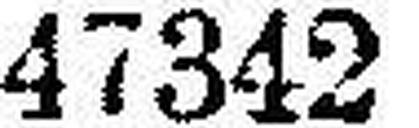
47342